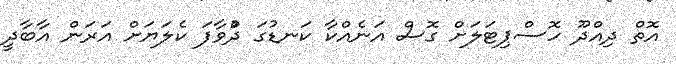
އޮތް ދިއްދޫ ހޮސްޕިޓަލަށް ގޮސް އަނެއްކާ ކަނޑުގަ ދުްވާފަ ކެލަޔަށް އަރަން އާބާދީ